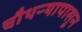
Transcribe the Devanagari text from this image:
चौथऱ्यापासून